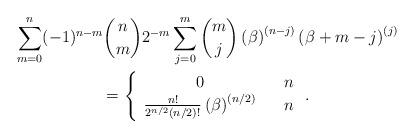
\begin{gather*}\sum_{m=0}^{n}(-1)^{n-m}\binom{n}{m}2^{-m}\sum_{j=0}^{m}\binom{m}{j}\left(\beta \right) ^{\left( n-j\right) }\left( \beta +m-j\right) ^{\left(j\right) } \\=\left\{ \begin{array}{ccc}0 & & n \\ \frac{n!}{2^{n/2}(n/2)!}\left( \beta \right) ^{\left( n/2\right) } & & n\end{array}\right. .\end{gather*}